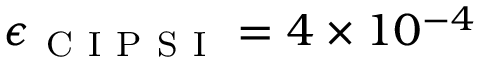
\epsilon _ { \mathrm { ~ C ~ I ~ P ~ S ~ I ~ } } = 4 \times 1 0 ^ { - 4 }